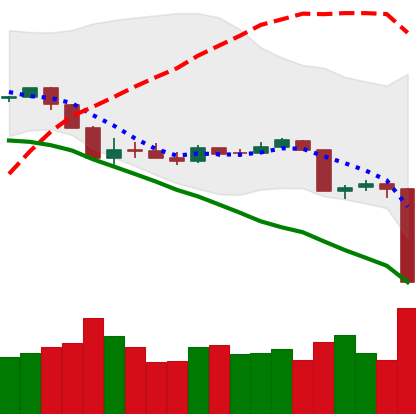
Ticker: XRP-USD
Chart end date: 2020-03-12
Forward return: 3.501%
Label: up_3_5